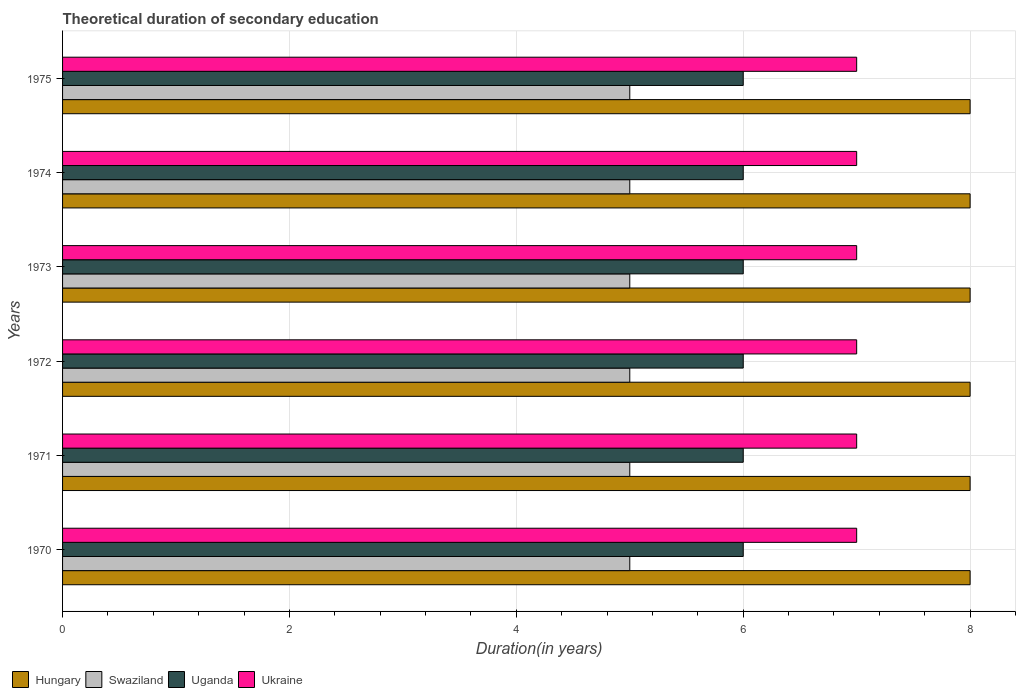
| Years | Hungary | Swaziland | Uganda | Ukraine |
 | --- | --- | --- | --- | --- |
 | 1970 | 8 | 5 | 6 | 7 |
 | 1971 | 8 | 5 | 6 | 7 |
 | 1972 | 8 | 5 | 6 | 7 |
 | 1973 | 8 | 5 | 6 | 7 |
 | 1974 | 8 | 5 | 6 | 7 |
 | 1975 | 8 | 5 | 6 | 7 |